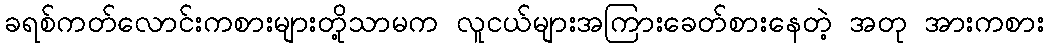
ခရစ်ကတ်လောင်းကစားများတို့သာမက လူငယ်များအကြားခေတ်စားနေတဲ့ အတု အားကစား